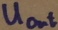
Text: UOut